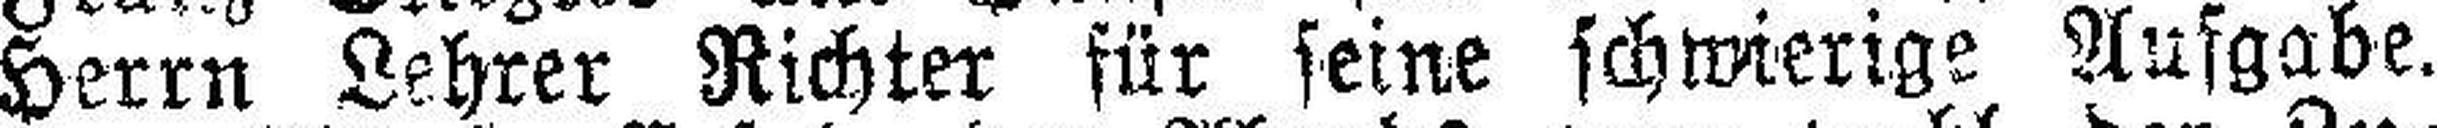
Herrn Lehrer Richter für seine schwierige Aufgabe.